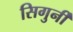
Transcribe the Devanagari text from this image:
सिगुर्नी